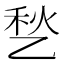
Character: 𱎊